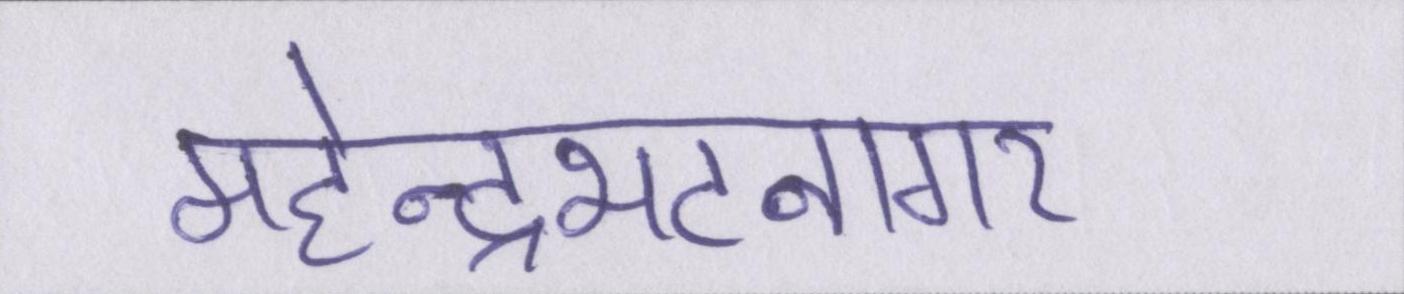
महेन्द्रभटनागर